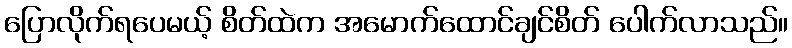
ပြောလိုက်ရပေမယ့် စိတ်ထဲက အမောက်ထောင်ချင်စိတ် ပေါက်လာသည်။